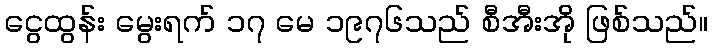
ငွေထွန်း မွေးရက် ၁၇ မေ ၁၉၇၆သည် စီအီးအို ဖြစ်သည်။